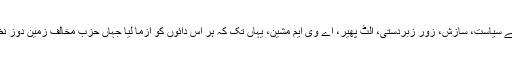
مودی نے سیاست، سازش، زور زبردستی، الٹ پھیر، اے وی ایم مشین، یہاں تک کہ ہر اس دائوں کو آزما لیا جہاں حزب مخالف زمین دوز نظر آئے۔